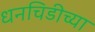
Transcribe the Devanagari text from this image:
धनचिडीच्या